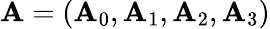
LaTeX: \mathbf{A}=\left(\mathbf{A}_{0},\mathbf{A}_{1},\mathbf{A}_{2},\mathbf{A}_{3}\right)